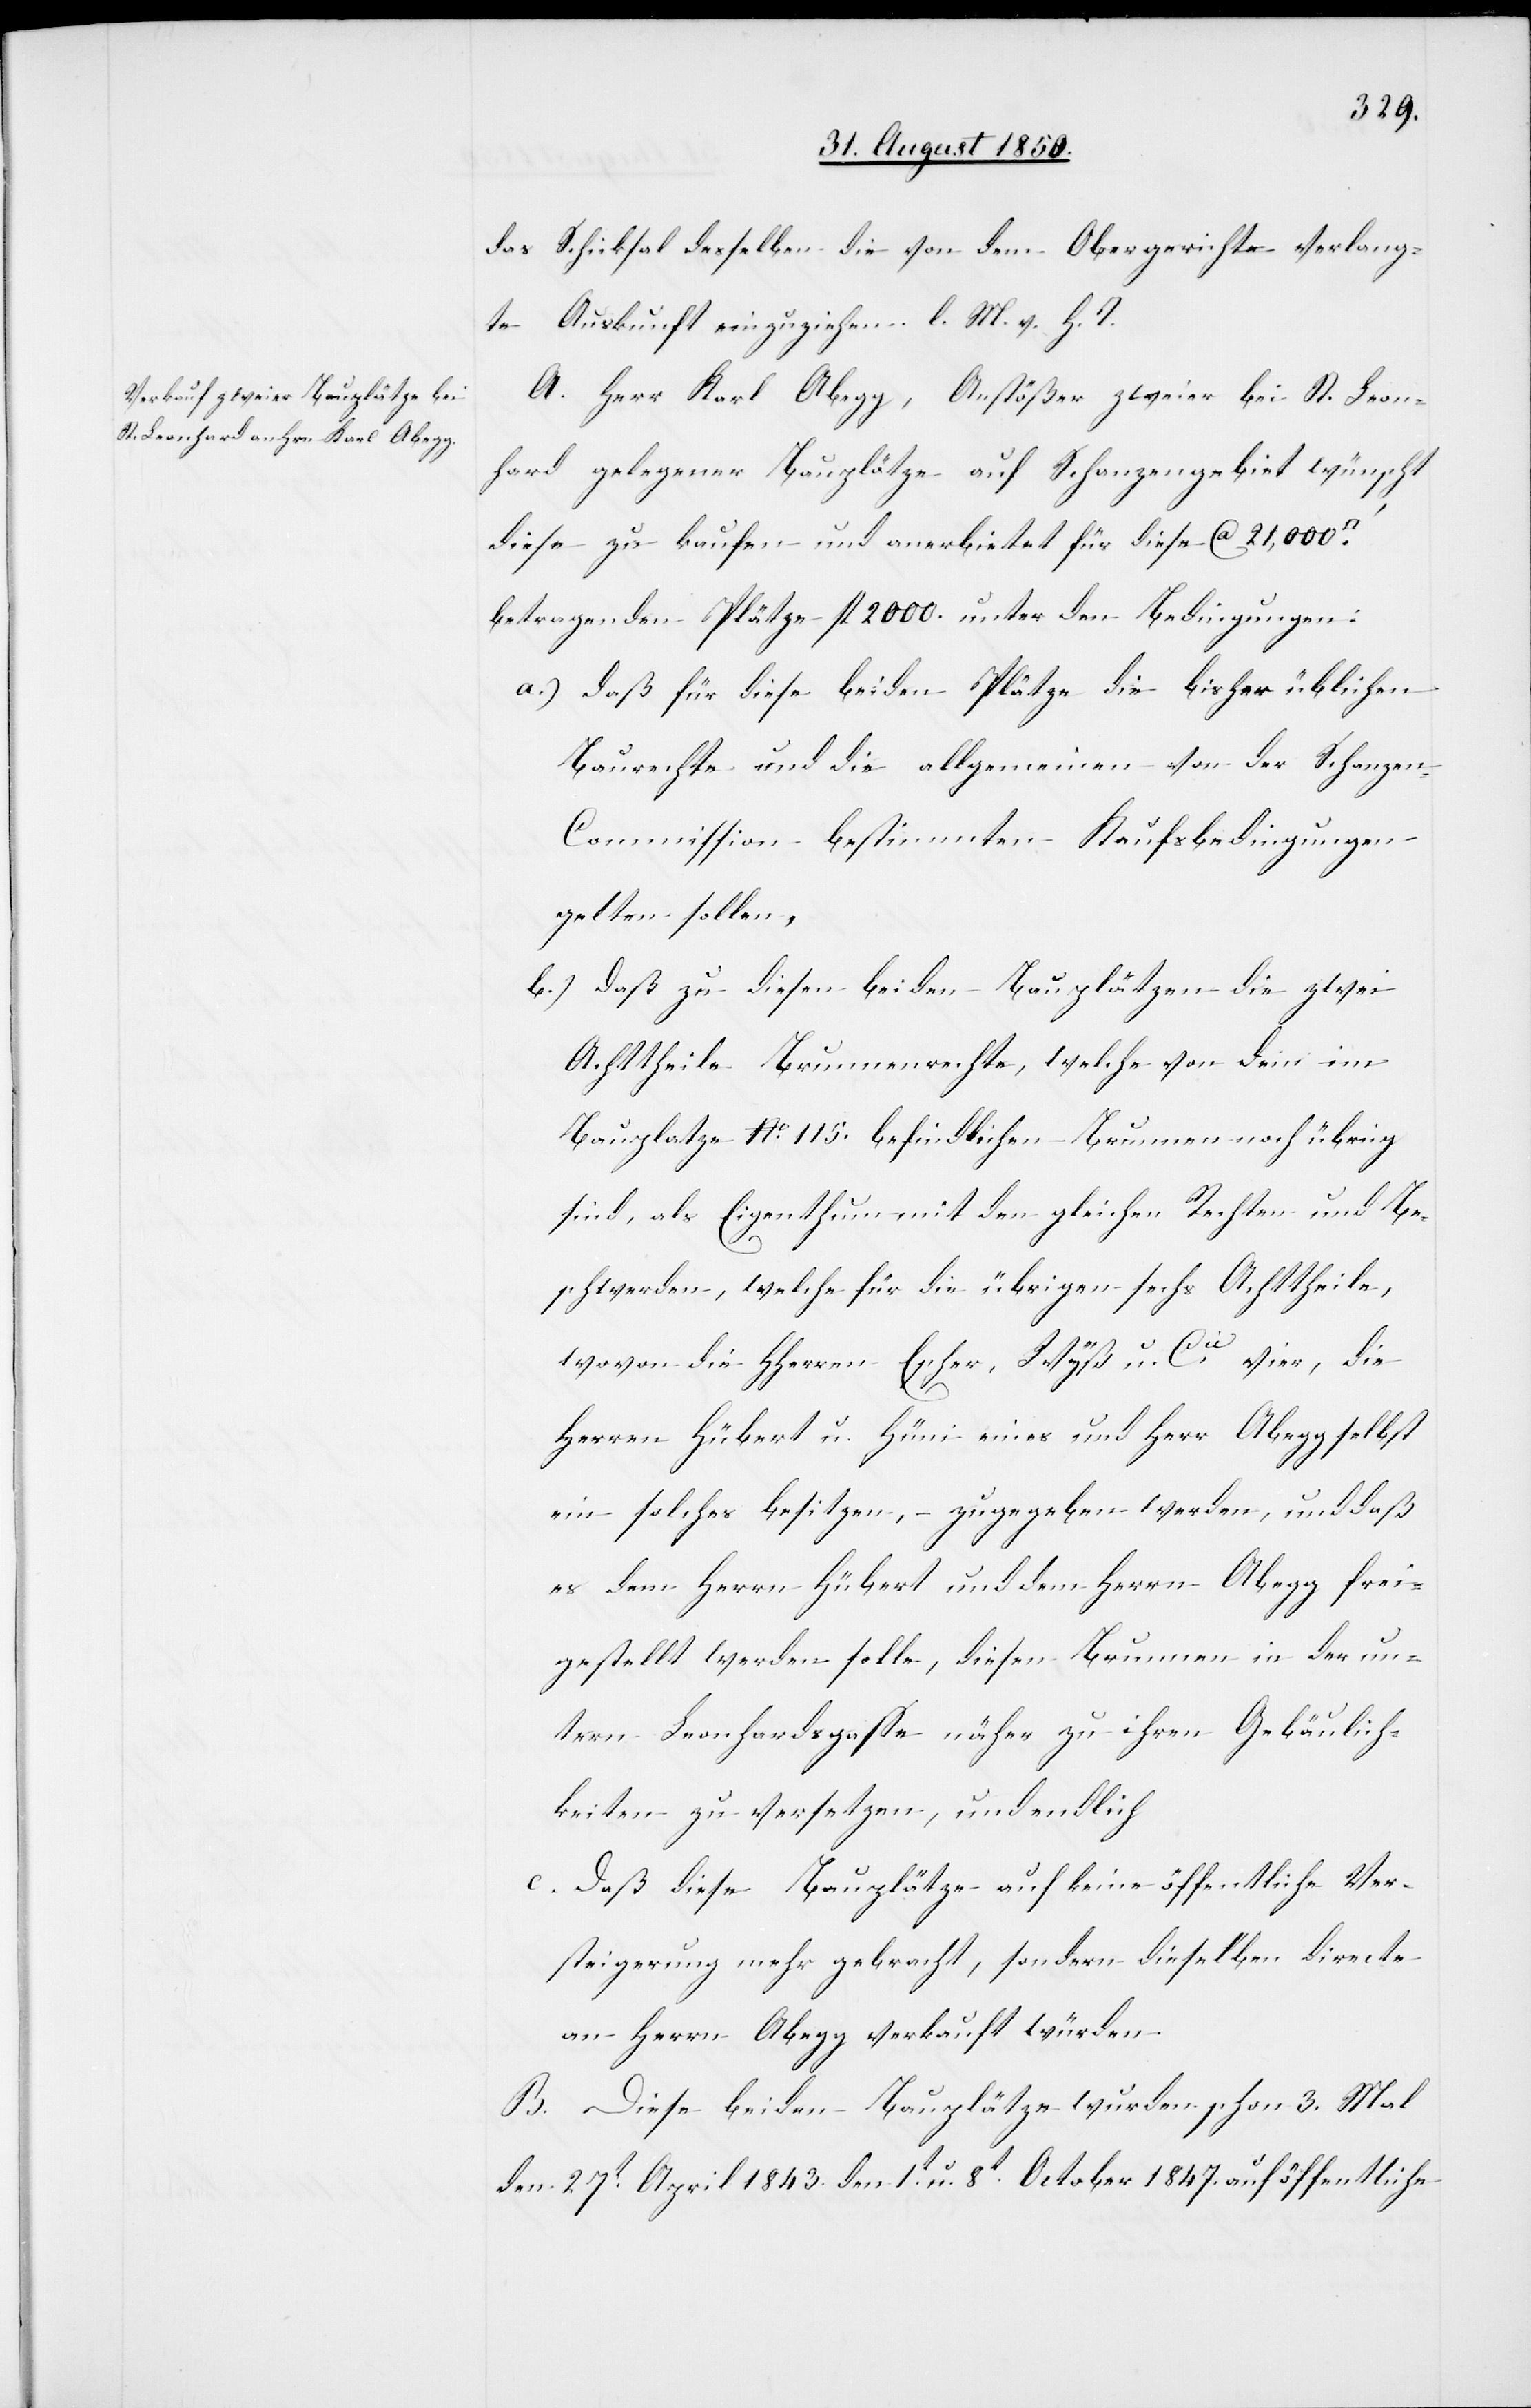
das Schicksal desselben die von dem Obergericht verlang¬
te Auskunft einzuziehen. l. M. v. h. T
A. Herr Karl Abegg, Anstößer zweier bei St. Leon¬
hard gelegener Bauplätze auf Schanzengebiet wünscht
diese zu kaufen und anerbietet für diese ca 21,000
betragenden Plätze fl 2000. unter den Bedingungen:
a.) daß für diese beiden Plätze die bisher üblichen
Baurechte und die allgemeinen von der Schanze¬
n-Commission bestimmten Kaufsbedingungen
gelten sollen,
b.) daß zu diesen beiden Bauplätzen die zwei
Achttheile Brunnenrechte, welche von dem im
Bauplatze No. 115. befindlichen Brunnen noch übrig
sind, als Eigenthum mit den gleichen Rechten und Be¬
schwerden, welche für die übrigen sechs Achttheile,
wovon die HHerren Escher, Wyß u. Cie vier, die
Herren Hübert u. Hüni eines und Herr Abegg selbst
ein solches besitzen, zugegeben werden, und daß
es dem Herrn Hübert und dem Herrn Abegg frei¬
gestellt werden solle, diesen Brunnen in der un¬
tern Leonhardsgasse näher zu ihren Gebäulich¬
keiten zu versetzen, und endlich
c. daß diese Bauplätze auf keine öffentliche Ver¬
steigerung mehr gebracht, sondern dieselben directe
an Herrn Abegg verkauft würden.
B. Diese beiden Bauplätze wurden schon 3. Mal
den 27t April 1843.[,] den 1t u. 8t October 1847. auf öffentliche